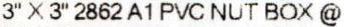
3" X 3" 2862 A1 PVC NUT BOX @